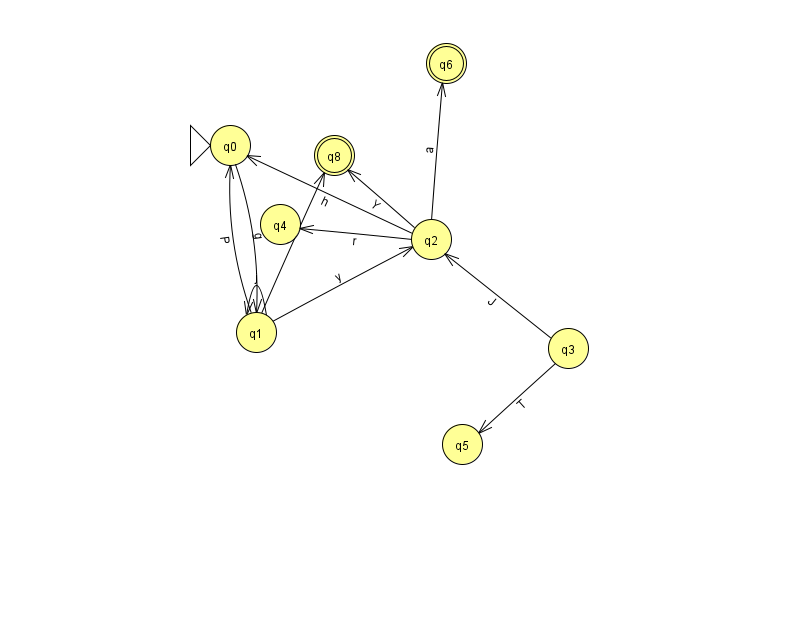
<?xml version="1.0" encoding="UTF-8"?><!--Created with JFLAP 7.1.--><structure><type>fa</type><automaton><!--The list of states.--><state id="0" name="q0"><x>230.0</x><y>132.0</y><initial/></state><state id="1" name="q1"><x>256.0</x><y>319.0</y></state><state id="2" name="q2"><x>431.0</x><y>226.0</y></state><state id="3" name="q3"><x>568.0</x><y>335.0</y></state><state id="4" name="q4"><x>280.0</x><y>211.0</y></state><state id="5" name="q5"><x>462.0</x><y>431.0</y></state><state id="6" name="q6"><x>446.0</x><y>50.0</y><final/></state><state id="8" name="q8"><x>334.0</x><y>142.0</y><final/></state><!--The list of transitions.--><transition><from>1</from><to>8</to><read>E</read></transition><transition><from>2</from><to>0</to><read>h</read></transition><transition><from>1</from><to>0</to><read>P</read></transition><transition><from>1</from><to>1</to><read>j</read></transition><transition><from>1</from><to>2</to><read>y</read></transition><transition><from>2</from><to>4</to><read>r</read></transition><transition><from>2</from><to>8</to><read>Y</read></transition><transition><from>2</from><to>6</to><read>a</read></transition><transition><from>3</from><to>2</to><read>J</read></transition><transition><from>3</from><to>5</to><read>T</read></transition><transition><from>0</from><to>1</to><read>g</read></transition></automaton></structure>